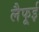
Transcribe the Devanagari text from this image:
लैफूई